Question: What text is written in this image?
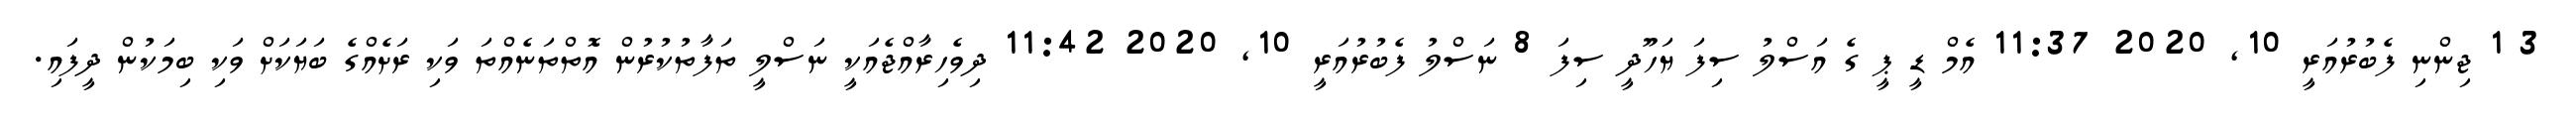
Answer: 3 1 ޖިންނި ފެބުރުއަރީ 10, 2020 11:37 އެމް ޑީ ޕީ ގެ އަސްލު ސިފަ ޔަހޫދީ ސިފަ 8 ނަސްލު ފެބުރުއަރީ 10, 2020 11:42 ދިވެހިރާއްޖެއަކީ ނަސްލީ ތަފާތުކުރުން އޮތްތަނެއްތަ ވަކި ރަށެއްގެ ބަޔަކަށް ވަކި ބިމަކުން ދީފައި.